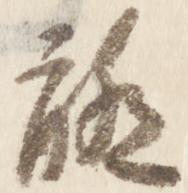
聊